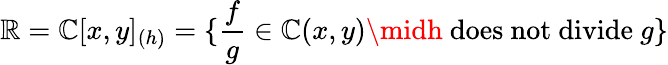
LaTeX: \mathbb{R}=\mathbb{{C}}[x,y]_{(h)}=\{ {\frac{{f}}{{g}}}\in\mathbb{{C}}(x,y)\midh{\mathrm{{~does~not~divide~}}}g\}